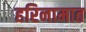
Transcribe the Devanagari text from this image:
हरिनामात